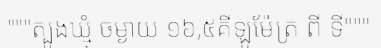
"""ត្បូងឃ្មុំ ចម្ងាយ ១៦,៥គីឡូម៉ែត្រ ពី ទី"""